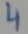
Text: 4